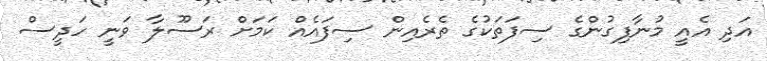
އަދި އެއީ މުނާފިގުންގެ ސިފަތަކުގެ ތެރެއިން ސިފައެއް ކަމަށް ރަސޫލާ ވަނީ ހަދީސް